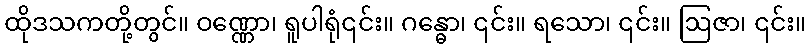
ထိုဒသကတို့တွင်။ ဝဏ္ဏော၊ ရူပါရုံ၎င်း။ ဂန္ဓော၊ ၎င်း။ ရသော၊ ၎င်း။ ဩဇာ၊ ၎င်း။